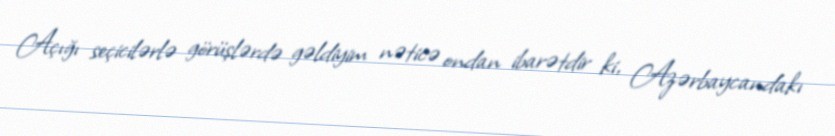
Açığı seçicilərlə görüşlərdə gəldiyim nəticə ondan ibarətdir ki, Azərbaycandakı